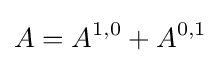
A=A^{1,0}+A^{0,1}